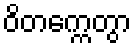
ဝိတက္ကေတွာ